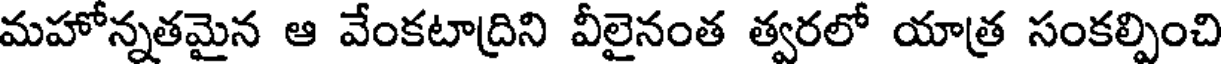
మహోన్నతమైన ఆ వేంకటాద్రిని వీలైనంత త్వరలో యాత్ర సంకల్పించి